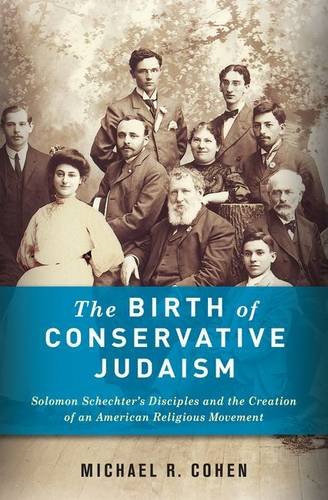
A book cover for The Birth of Conservative Judaism: Solomon Schechter's Disciples and the Creation of an American Religious Movement; Michael R. Cohen; Religion & Spirituality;